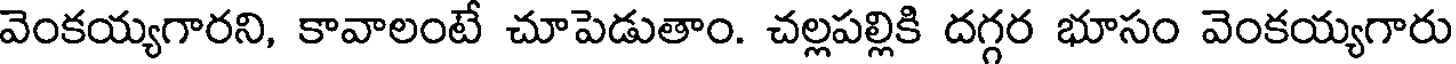
వెంకయ్యగారని, కావాలంటే చూపెడుతాం. చల్లపల్లికి దగ్గర భూసం వెంకయ్యగారు